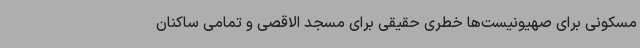
مسکونی برای صهیونیست‌ها خطری حقیقی برای مسجد الاقصی و تمامی ساکنان